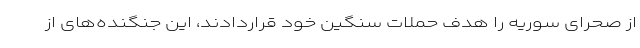
از صحرای سوریه را هدف حملات سنگین خود قراردادند، این جنگنده‌های از